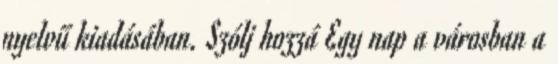
nyelvű kiadásában. Szólj hozzá Egy nap a városban a